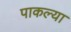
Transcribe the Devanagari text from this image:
पाकल्या